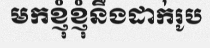
មកខ្ញុំខ្ញុំនឹងដាក់រូប